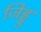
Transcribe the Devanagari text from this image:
जिड्डु